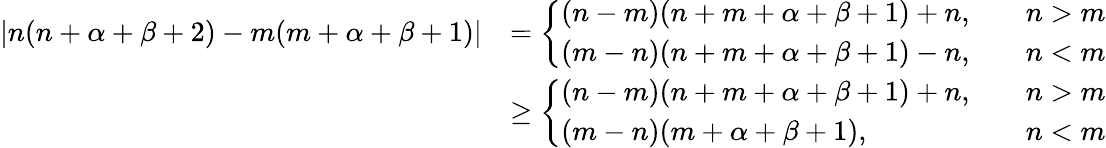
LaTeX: \begin{array}{rl}{|n(n+\alpha+\beta+2)-m(m+\alpha+\beta+1)|}&{=\left\{ \begin{array}{ll}{(n-m)(n+m+\alpha+\beta+1)+n,}&{\quad n>m}\\ {(m-n)(n+m+\alpha+\beta+1)-n,}&{\quad n<m}\end{array}\right.}\\ &{\ge\left\{ \begin{array}{ll}{(n-m)(n+m+\alpha+\beta+1)+n,}&{\quad n>m}\\ {{(m-n)(m+\alpha+\beta+1)},}&{\quad n<m}\end{array}\right.}\end{array}